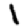
Digit: 1